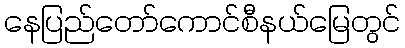
နေပြည်တော်ကောင်စီနယ်မြေတွင်